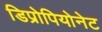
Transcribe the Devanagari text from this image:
डिप्रोपियोनेट